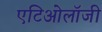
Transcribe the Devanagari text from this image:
एटिओलॉजी